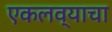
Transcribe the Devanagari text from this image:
एकलव्याचा